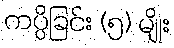
ကပ္ပိခြင်း (၅) မျိုး